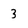
Character: 3